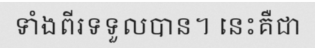
ទាំងពីរទទួលបាន។ នេះគឺជា